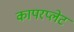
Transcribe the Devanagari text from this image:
कापरप्लेट